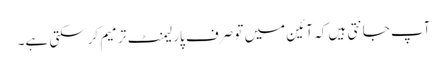
آپ جانتی ہیں کہ آئین میں تو صرف پارلیمنٹ ترمیم کرسکتی ہے۔